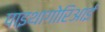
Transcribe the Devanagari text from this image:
पाइथागोरिआई